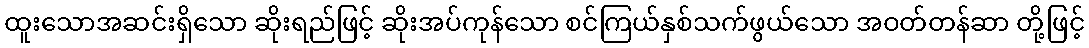
ထူးသောအဆင်းရှိသော ဆိုးရည်ဖြင့် ဆိုးအပ်ကုန်သော စင်ကြယ်နှစ်သက်ဖွယ်သော အဝတ်တန်ဆာ တို့ဖြင့်